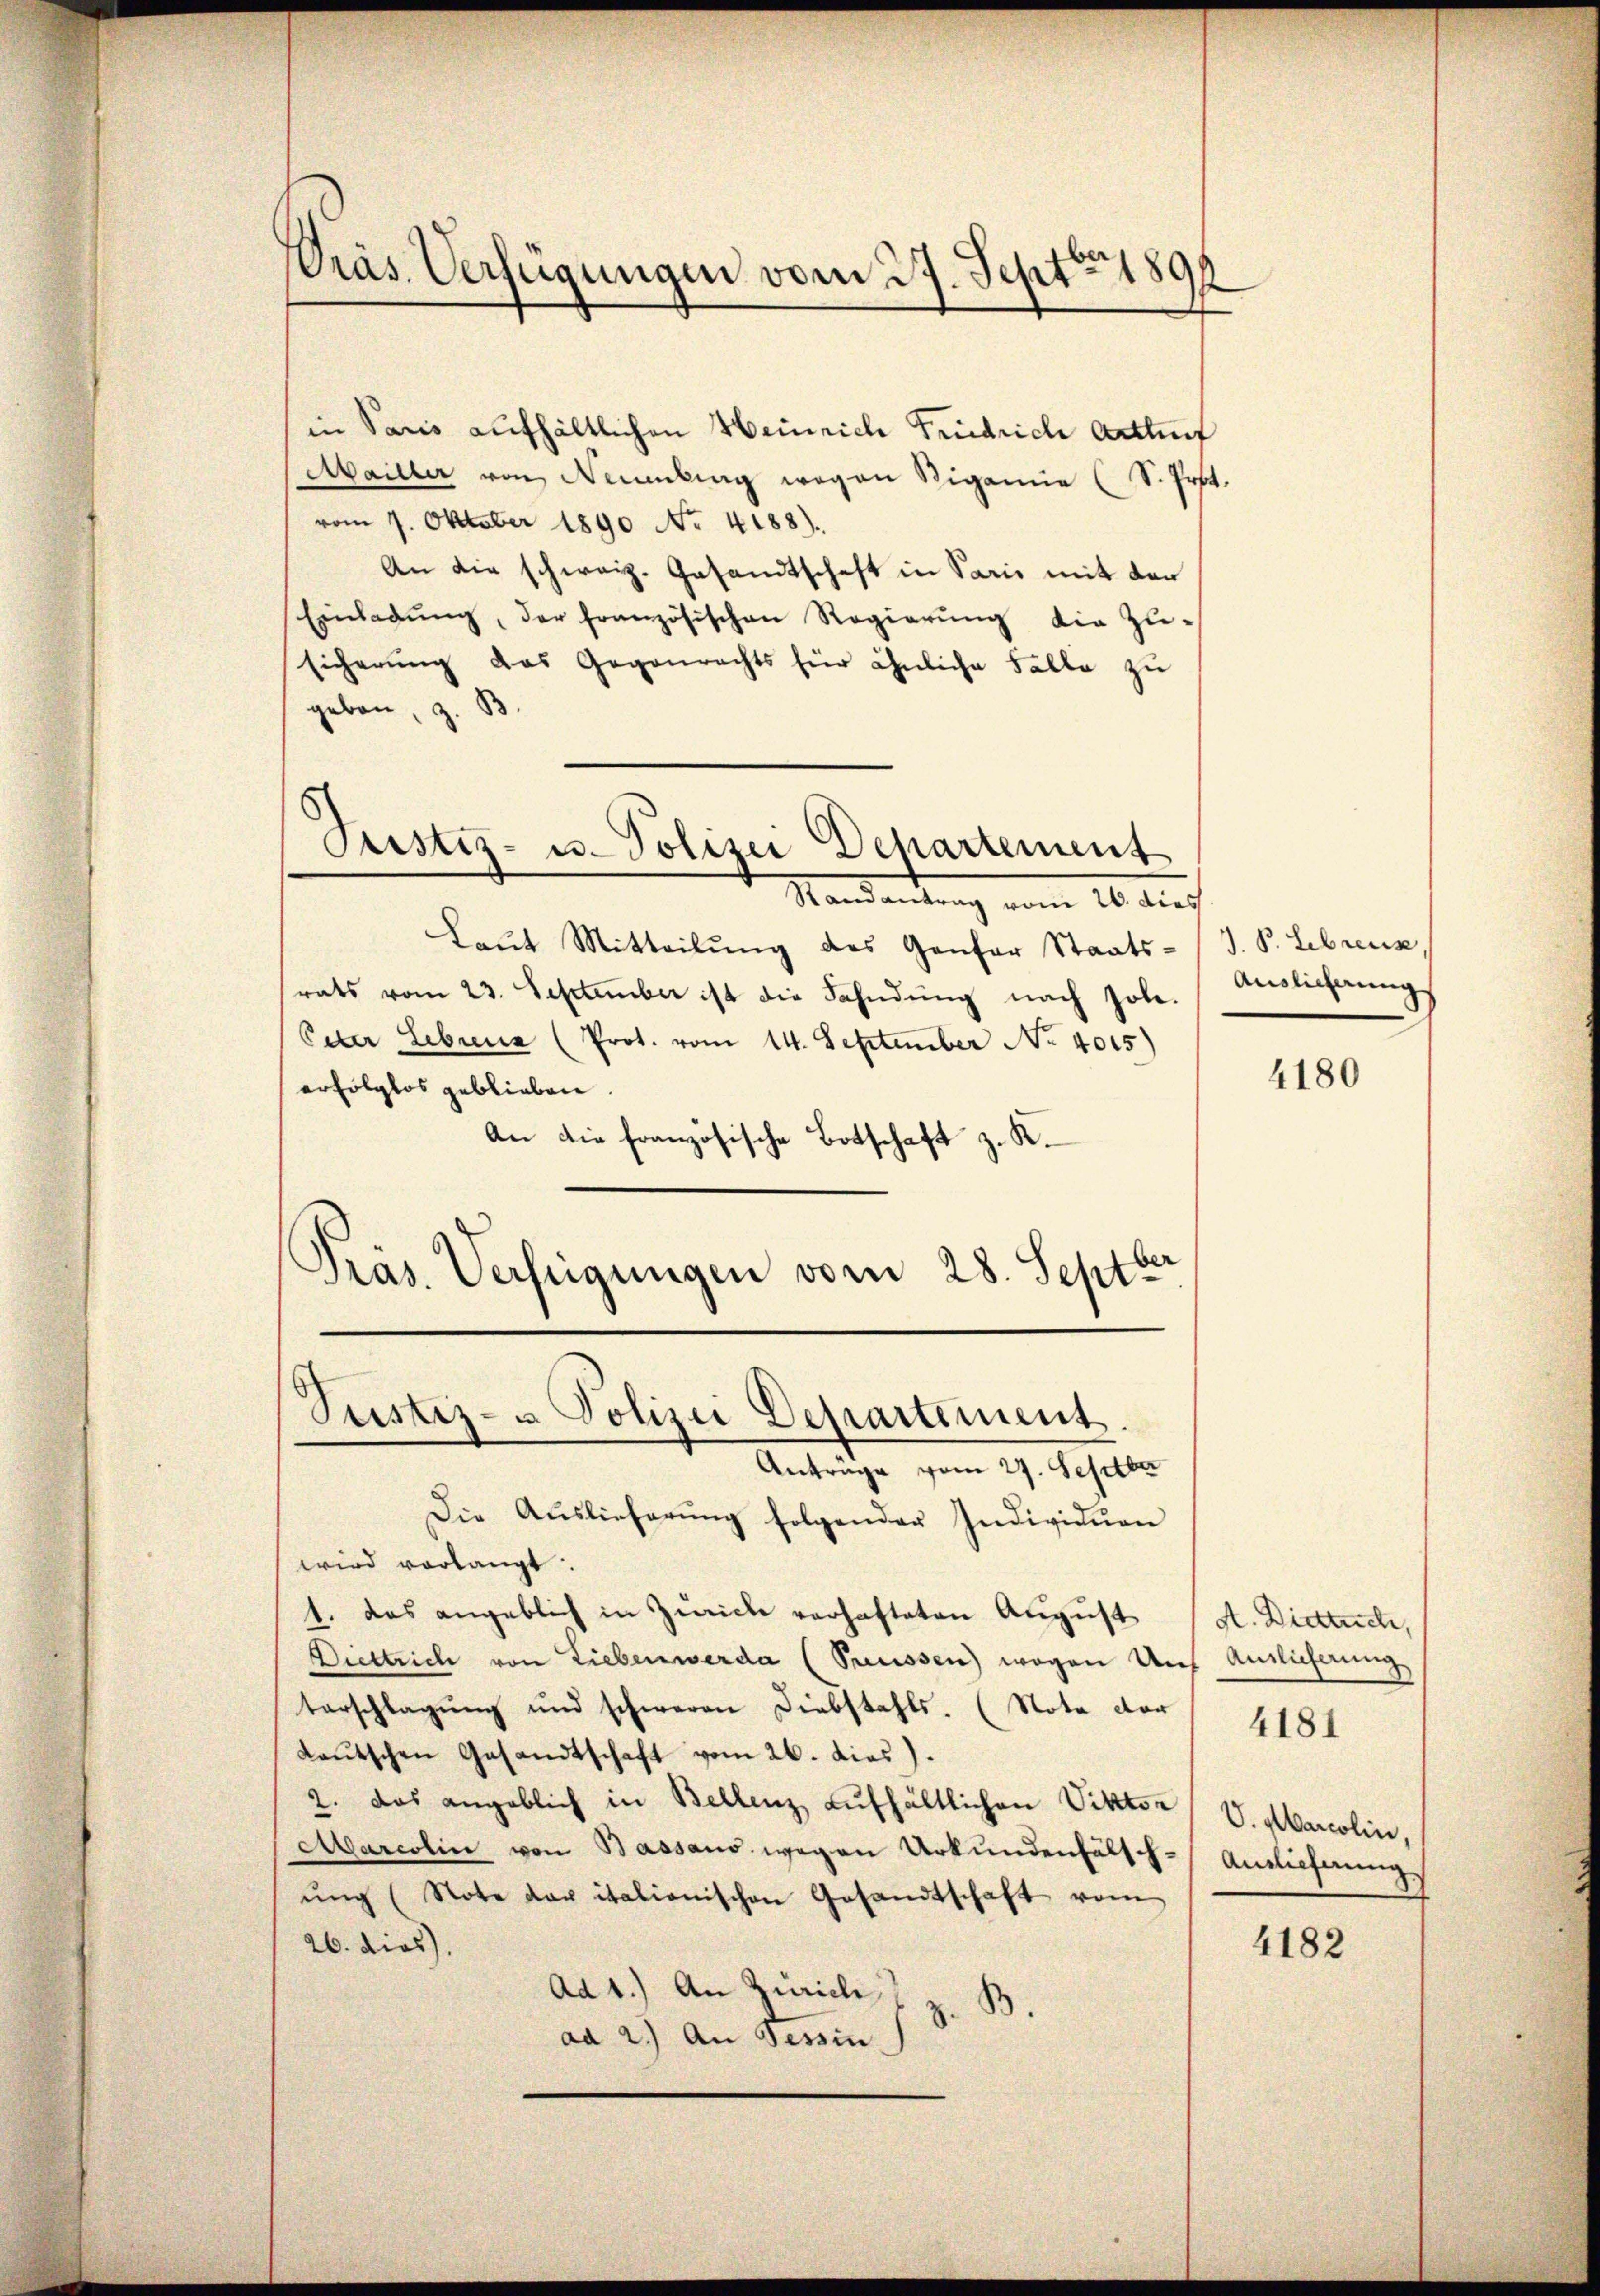
Dräs Verfügungen vom 27. Sept 180

Justiz- u. Polizei Departement

in Paris aufhältlichen Heinrich Friedrich Artenf
Mailler von Naumbung wegen Viganie (S. Prot.
vom 7. Oktober 1890 No. 4188).
An die schweiz. Gesandtschaft in Paris mit den
Einladŭng, der französischen Regierŭng die Zu¬
Eicherung das Gegenrechts für ähnliche Falle zu
geben, z. B
Randantrag vom 26. dies
Laŭt Mitteilŭng des Gantor Staats-
rats vom 23. September ist die Fahndŭng nach soll.
Eeter Lebrua (Prot. vom 14. September No. 4015)
erfolglos geblieben.
An die französische Botschaft z. K.
Pras. Verfügungen vom 28. Septbr
Tustiz- u Polizei Departement.
Anträge vom 27. Septber
Die Aŭslieferŭng folgender Individuen
wird vorlangt.
1. Das angeblich in Zürich verhafteten August
Dittrich von Liebenwerde (Pruissen) wogen Auf Antlicherung
tarschlagung und schweren Diebstahls. (Nota der
Laŭtschen Gesandtschaft vom 26. dies).
2. das angeblich in Bellenz, aufhältlichen Viktor
Marcolin von Bassaus wegen Urkundenfälsch-Anlieferung
ŭng (Note der italionischen Gesandtschaft vom
26. dies
Ad 1.) An Zürich z. B
ad 2.) An Tessin

J. P. Librenn
Auslicherung

4180

dt. Diettuch,

4181

V. Marcolin,

4182